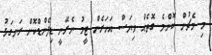
މި މެޗުން ކޮންމެ ގޮތެއް ވިޔަސް އަހަރެން ޓީމު ނެރޭނީ ޑިފެންޑްކޮށް ރަނގަޅު